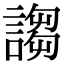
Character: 謅